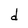
Character: d